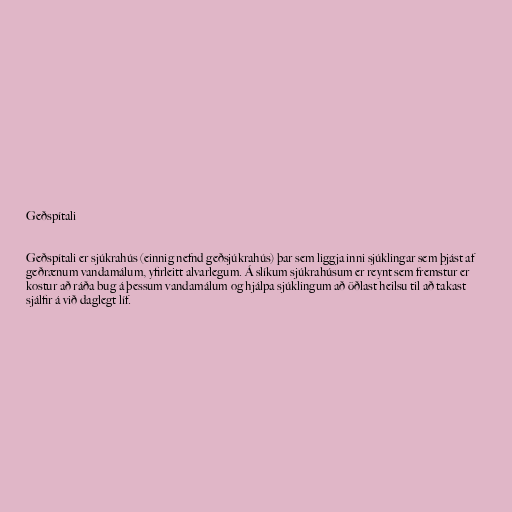
Geðspítali

Geðspítali er sjúkrahús (einnig nefnd geðsjúkrahús) þar sem liggja inni sjúklingar sem þjást af
geðrænum vandamálum, yfirleitt alvarlegum. Á slíkum sjúkrahúsum er reynt sem fremstur er
kostur að ráða bug á þessum vandamálum og hjálpa sjúklingum að öðlast heilsu til að takast
sjálfir á við daglegt líf.